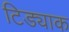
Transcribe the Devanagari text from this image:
टिड्याक